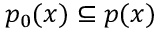
p _ { 0 } ( x ) \subseteq p ( x )